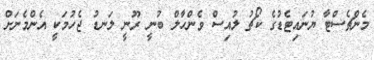
މެންޗެސްޓާ ޔުނައިޓެޑުގެ ކޯޗު ލުއިސް ވެންހާލް ބުނީ ރޫނީ ލަނޑު ޖެހުމަކީ އެންމެނަށް